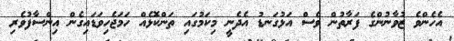
އެހެންވެ ޒުވާނުންގެ ފަރާތުން ވެސް އަޅުގަނޑު އެދެނީ މިކަމުގައި ތަންކޮޅެއް ހަމަޖެހިވަޑައިގެން އިންސާފުވެރި